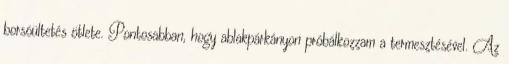
borsóültetés ötlete. Pontosabban, hogy ablakpárkányon próbálkozzam a termesztésével. Az